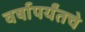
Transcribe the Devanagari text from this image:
वर्षापर्यंतचे